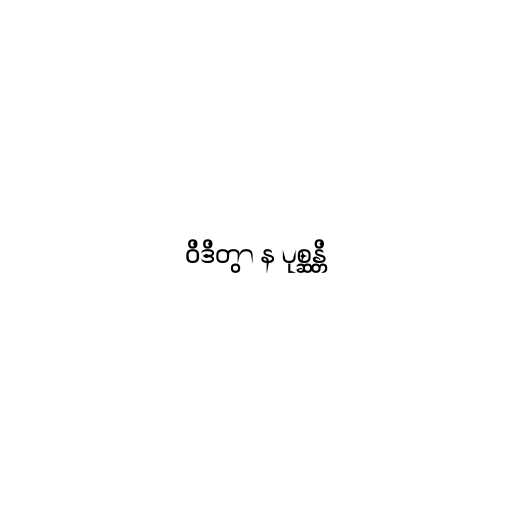
ဝိဒိတွာ န ပုစ္ဆန္တိ